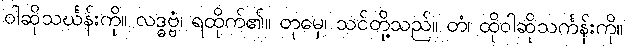
ဝါဆိုသင်္ဃန်းကို။ လဒ္ဓဗ္ဗံ၊ ရထိုက်၏။ တုမှေ၊ သင်တို့သည်။ တံ၊ ထိုဝါဆိုသင်္ကန်းကို။